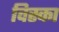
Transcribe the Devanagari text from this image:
विस्का